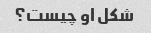
شکل او چیست؟